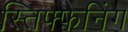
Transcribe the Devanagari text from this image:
स्तिफ्फेनिंग